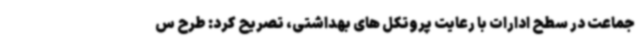
جماعت در سطح ادارات با رعایت پروتکل های بهداشتی، تصریح کرد: طرح س